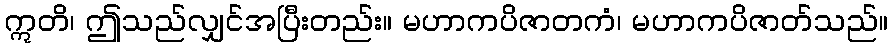
ဣတိ၊ ဤသည်လျှင်အပြီးတည်း။ မဟာကပိဇာတကံ၊ မဟာကပိဇာတ်သည်။